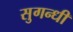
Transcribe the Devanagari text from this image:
सुगन्धी